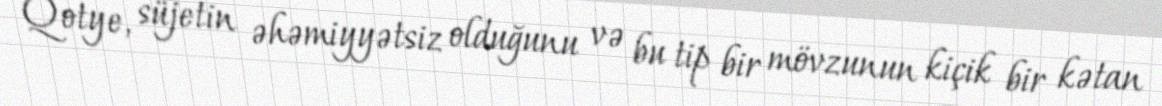
Qotye, süjetin əhəmiyyətsiz olduğunu və bu tip bir mövzunun kiçik bir kətan